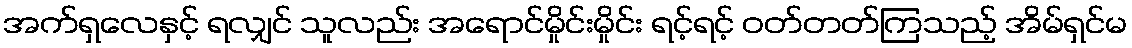
အက်ရှလေနှင့် ရလျှင် သူလည်း အရောင်မှိုင်းမှိုင်း ရင့်ရင့် ဝတ်တတ်ကြသည့် အိမ်ရှင်မ